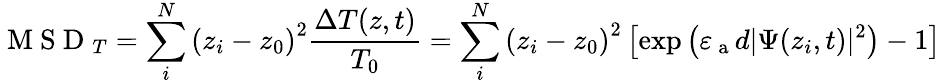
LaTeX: \mathrm{~M~S~D~}_{T}=\sum_{i}^{N}\left(z_{i}-z_{0}\right)^{2}\frac{\Delta T(z,t)}{T_{0}}=\sum_{i}^{N}\left(z_{i}-z_{0}\right)^{2}\left[\exp{\left(\varepsilon_{\mathrm{~a~}}d|\Psi(z_{i},t)|^{2}\right)}-1\right]